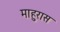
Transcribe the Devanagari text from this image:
माहुरास